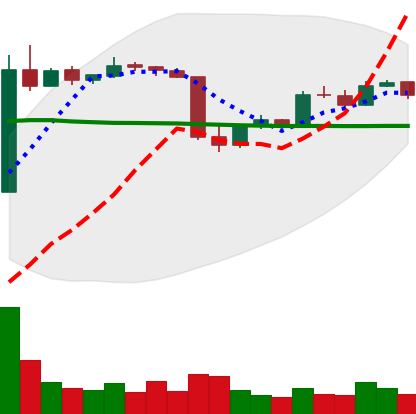
Ticker: LTC-USD
Chart end date: 2015-06-10
Forward return: 14.723%
Label: up_7plus